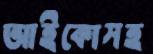
আইকোসহ